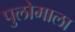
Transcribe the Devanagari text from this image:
पुलोमाला